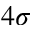
4 \sigma